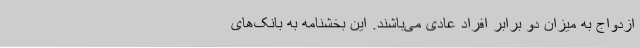
ازدواج به میزان دو برابر افراد عادی می‌باشند. این بخشنامه به بانک‌های